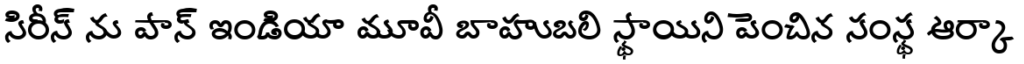
సిరీస్ ను పాన్ ఇండియా మూవీ బాహుబలి స్థాయిని పెంచిన సంస్థ ఆర్కా